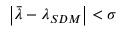
\left| \bar { \lambda } - \lambda _ { S D M } \right| < \sigma